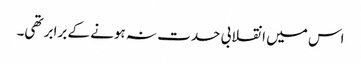
اس میں انقلابی حدت نہ ہونے کے برابر تھی۔